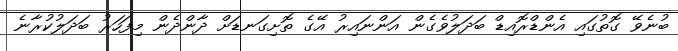
ބުނެވޭ ގޮތުގައި އެންޑްރޮއިޑް ބަދަލުވެގެން އަންނައިރު އޭގެ ތޮށިގަނޑަށް ދާންދެން މިފަހަރު ބަދަލުކުރާނެ